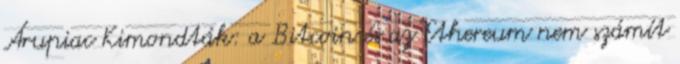
Árupiac Kimondták: a Bitcoin és az Ethereum nem számít